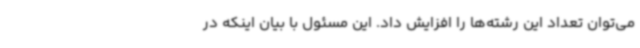
می‌توان تعداد این رشته‌ها را افزایش داد. این مسئول با بیان اینکه در